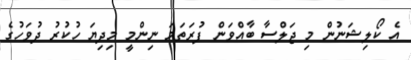
އެ ކޯލިޝަނުން މި ޖަލްސާ ބާއްވަން ފުރަތަމަ ނިންމީ މިދިޔަ ހުކުރު ދުވަހުގެ